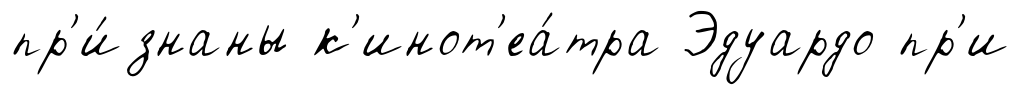
пр'и́знаны к'инот'еа́тра Эдуардо пр'и